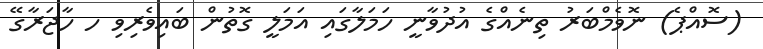
(ސޮއްޕެ) ނޮވެމްބަރު ތިނެއްގެ އުދުވާނީ ހަމަލާގައި އަމަލީ ގޮތުން ބައިވެރިވި ހ ހާޖަރާގޭ